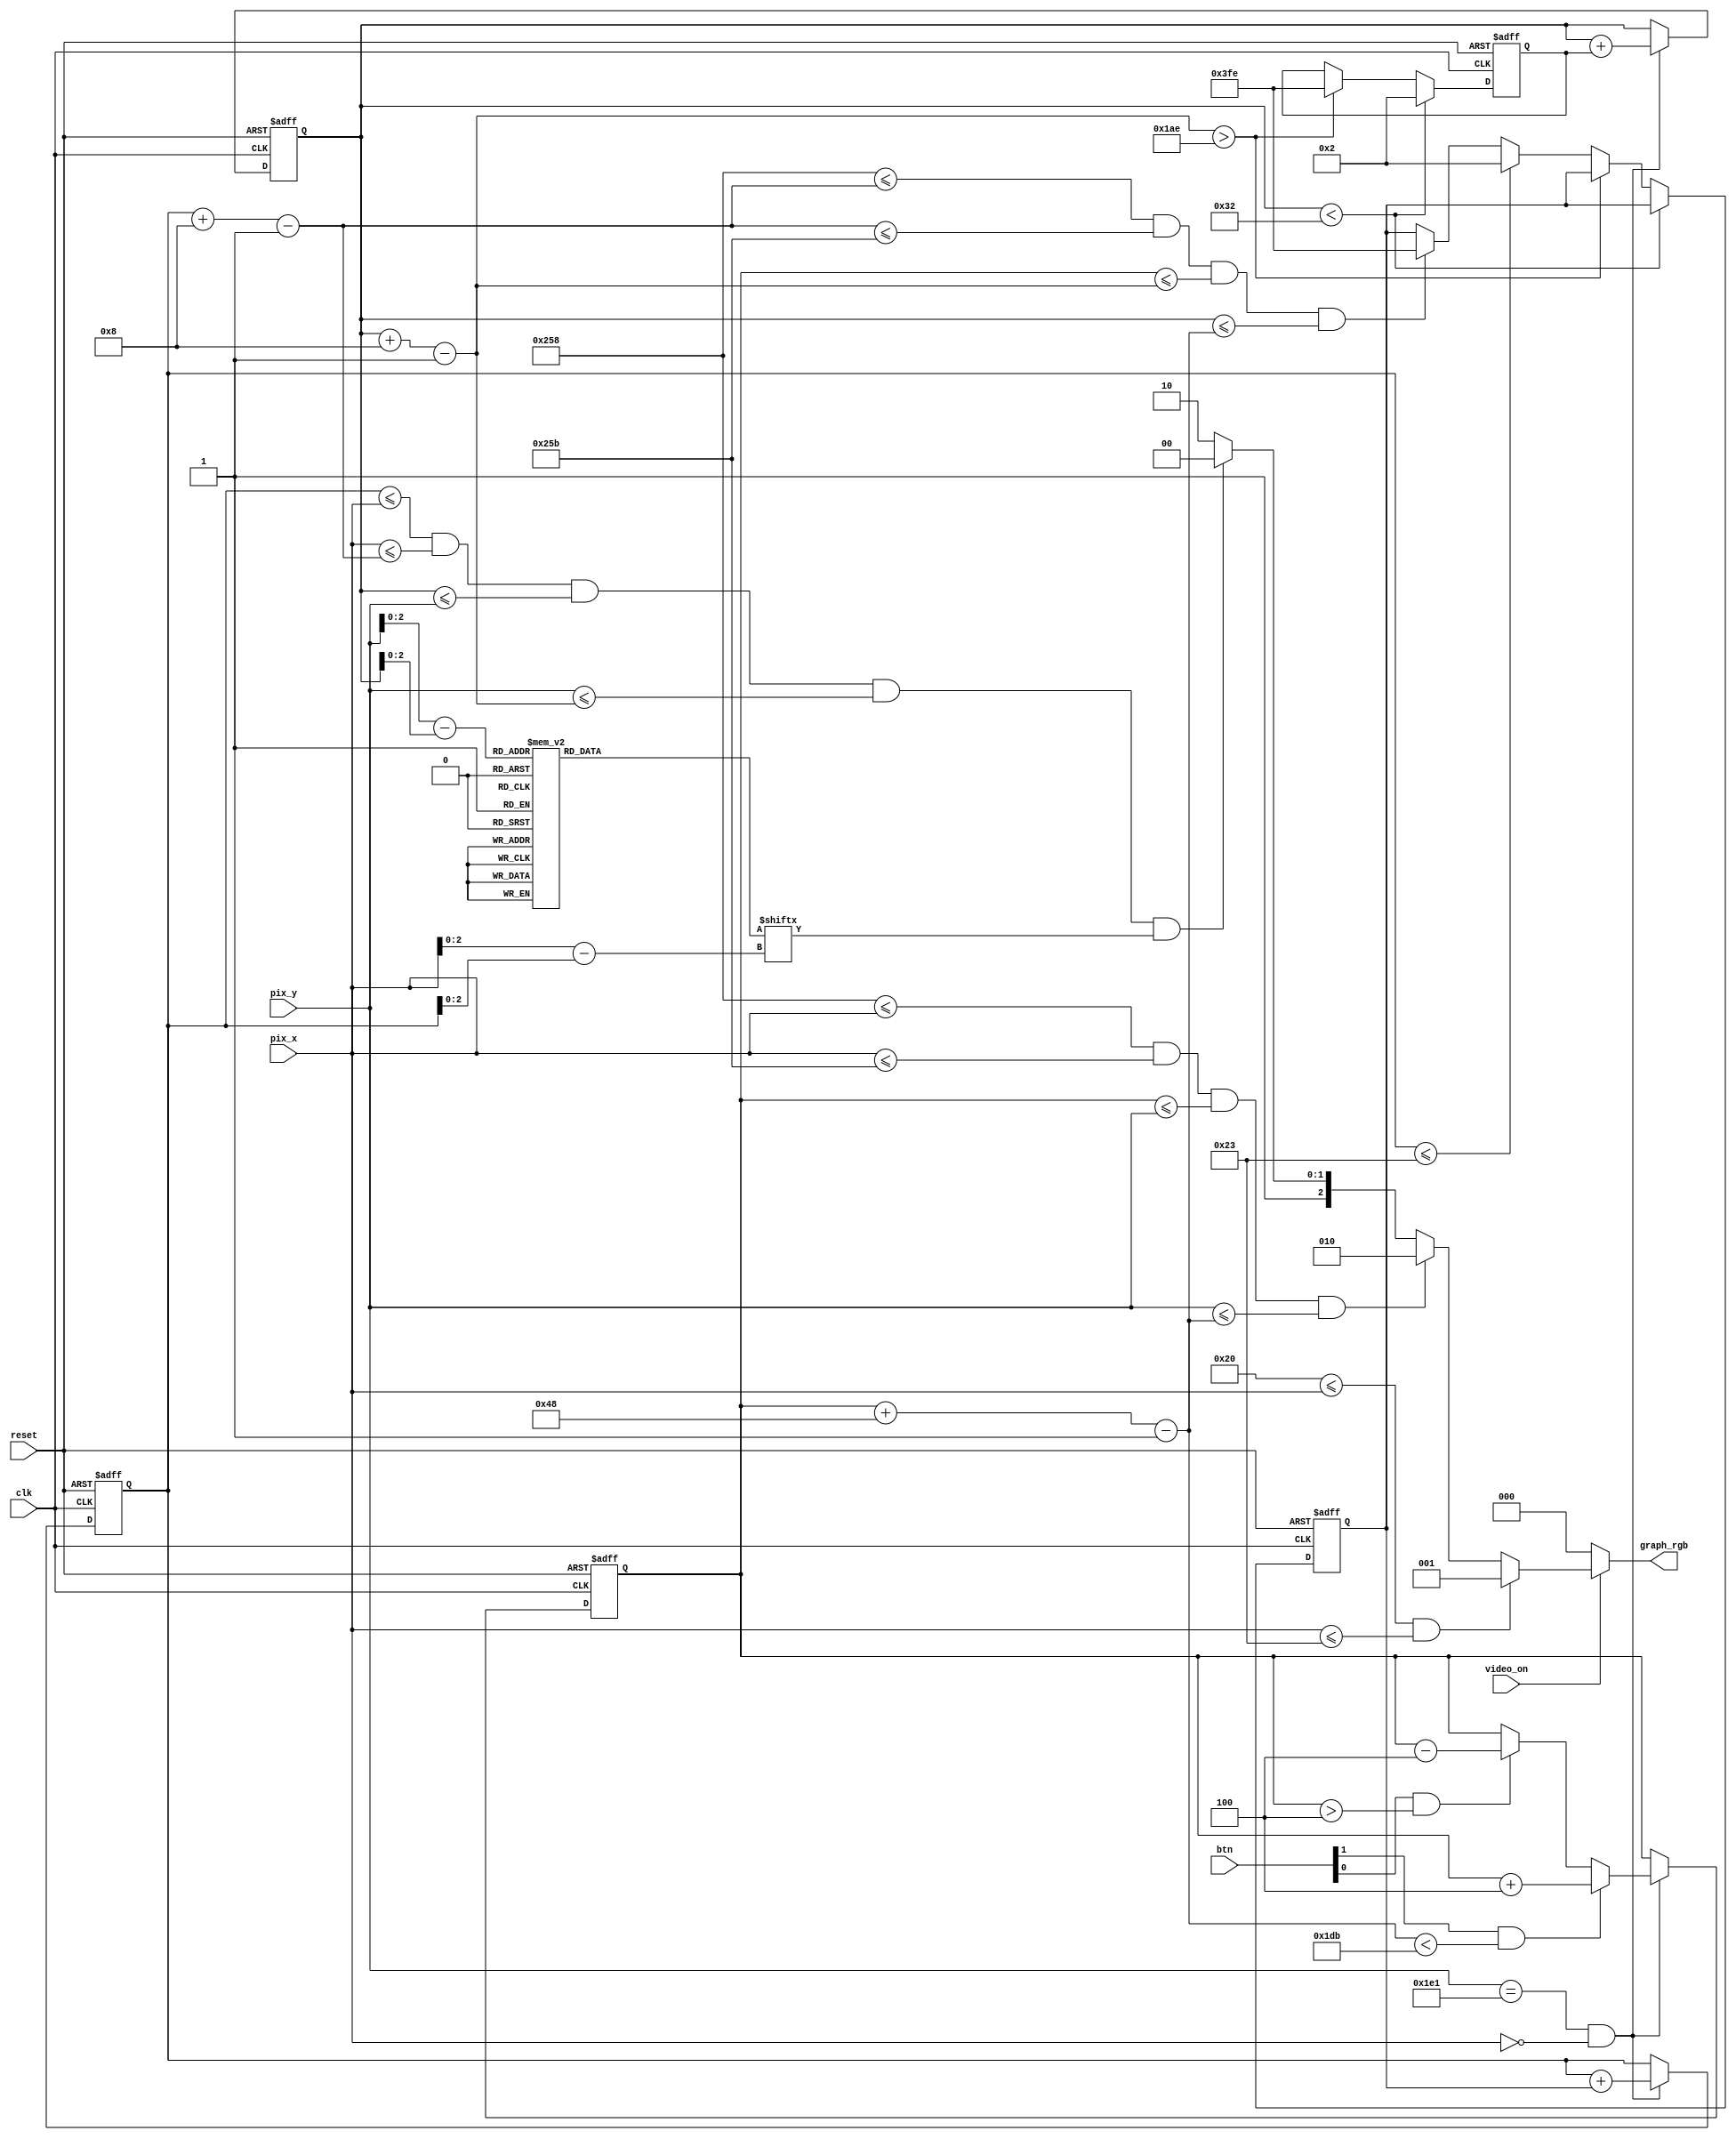
// Listing 13.5
module pong_graph_animate
   (
    input wire clk, reset,
    input wire video_on,
    input wire [1:0] btn,
    input wire [9:0] pix_x, pix_y,
    output reg [2:0] graph_rgb
   );

   // constant and signal declaration
   // x, y coordinates (0,0) to (639,479)
   localparam MAX_X = 640;
   localparam MAX_Y = 480;
   wire refr_tick;
   //--------------------------------------------
   // vertical stripe as a wall
   //--------------------------------------------
   // wall left, right boundary
   localparam WALL_X_L = 32;
   localparam WALL_X_R = 35;
   //--------------------------------------------
   // right vertical bar
   //--------------------------------------------
   // bar left, right boundary
   localparam BAR_X_L = 600;
   localparam BAR_X_R = 603;
   // bar top, bottom boundary
   wire [9:0] bar_y_t, bar_y_b;
   localparam BAR_Y_SIZE = 72;
   // register to track top boundary  (x position is fixed)
   reg [9:0] bar_y_reg, bar_y_next;
   // bar moving velocity when a button is pressed
   localparam BAR_V = 4;
   //--------------------------------------------
   // square ball
   //--------------------------------------------
   localparam BALL_SIZE = 8;
   // ball left, right boundary
   wire [9:0] ball_x_l, ball_x_r;
   // ball top, bottom boundary
   wire [9:0] ball_y_t, ball_y_b;
   // reg to track left, top position
   reg [9:0] ball_x_reg, ball_y_reg;
   wire [9:0] ball_x_next, ball_y_next;
   // reg to track ball speed
   reg [9:0] x_delta_reg, x_delta_next;
   reg [9:0] y_delta_reg, y_delta_next;
   // ball velocity can be pos or neg)
   localparam BALL_V_P = 2;
   localparam BALL_V_N = -2;
   //--------------------------------------------
   // round ball
   //--------------------------------------------
   wire [2:0] rom_addr, rom_col;
   reg [7:0] rom_data;
   wire rom_bit;
   //--------------------------------------------
   // object output signals
   //--------------------------------------------
   wire wall_on, bar_on, sq_ball_on, rd_ball_on;
   wire [2:0] wall_rgb, bar_rgb, ball_rgb;

   // body
   //--------------------------------------------
   // round ball image ROM
   //--------------------------------------------
   always @*
   case (rom_addr)
      3'h0: rom_data = 8'b00111100; //   ****
      3'h1: rom_data = 8'b01111110; //  ******
      3'h2: rom_data = 8'b11111111; // ********
      3'h3: rom_data = 8'b11111111; // ********
      3'h4: rom_data = 8'b11111111; // ********
      3'h5: rom_data = 8'b11111111; // ********
      3'h6: rom_data = 8'b01111110; //  ******
      3'h7: rom_data = 8'b00111100; //   ****
   endcase

   // registers
   always @(posedge clk, posedge reset)
      if (reset)
         begin
            bar_y_reg <= 0;
            ball_x_reg <= 0;
            ball_y_reg <= 0;
            x_delta_reg <= 10'h004;
            y_delta_reg <= 10'h004;
         end
      else
         begin
            bar_y_reg <= bar_y_next;
            ball_x_reg <= ball_x_next;
            ball_y_reg <= ball_y_next;
            x_delta_reg <= x_delta_next;
            y_delta_reg <= y_delta_next;
         end

   // refr_tick: 1-clock tick asserted at start of v-sync
   //            i.e., when the screen is refreshed (60 Hz)
   assign refr_tick = (pix_y==481) && (pix_x==0);

   //--------------------------------------------
   // (wall) left vertical strip
   //--------------------------------------------
   // pixel within wall
   assign wall_on = (WALL_X_L<=pix_x) && (pix_x<=WALL_X_R);
   // wall rgb output
   assign wall_rgb = 3'b001; // blue
   //--------------------------------------------
   // right vertical bar
   //--------------------------------------------
   // boundary
   assign bar_y_t = bar_y_reg;
   assign bar_y_b = bar_y_t + BAR_Y_SIZE - 1;
   // pixel within bar
   assign bar_on = (BAR_X_L<=pix_x) && (pix_x<=BAR_X_R) &&
                   (bar_y_t<=pix_y) && (pix_y<=bar_y_b);
   // bar rgb output
   assign bar_rgb = 3'b010; // green
   // new bar y-position
   always @*
   begin
      bar_y_next = bar_y_reg; // no move
      if (refr_tick)
         if (btn[1] & (bar_y_b < (MAX_Y-1-BAR_V)))
            bar_y_next = bar_y_reg + BAR_V; // move down
         else if (btn[0] & (bar_y_t > BAR_V))
            bar_y_next = bar_y_reg - BAR_V; // move up
   end

   //--------------------------------------------
   // square ball
   //--------------------------------------------
   // boundary
   assign ball_x_l = ball_x_reg;
   assign ball_y_t = ball_y_reg;
   assign ball_x_r = ball_x_l + BALL_SIZE - 1;
   assign ball_y_b = ball_y_t + BALL_SIZE - 1;
   // pixel within ball
   assign sq_ball_on =
            (ball_x_l<=pix_x) && (pix_x<=ball_x_r) &&
            (ball_y_t<=pix_y) && (pix_y<=ball_y_b);
   // map current pixel location to ROM addr/col
   assign rom_addr = pix_y[2:0] - ball_y_t[2:0];
   assign rom_col = pix_x[2:0] - ball_x_l[2:0];
   assign rom_bit = rom_data[rom_col];
   // pixel within ball
   assign rd_ball_on = sq_ball_on & rom_bit;
   // ball rgb output
   assign ball_rgb = 3'b100;   // red
   // new ball position
   assign ball_x_next = (refr_tick) ? ball_x_reg+x_delta_reg :
                        ball_x_reg ;
   assign ball_y_next = (refr_tick) ? ball_y_reg+y_delta_reg :
                        ball_y_reg ;
   // new ball velocity
   always @*
   begin
      x_delta_next = x_delta_reg;
      y_delta_next = y_delta_reg;
      if (ball_y_t < 50) // reach top
         y_delta_next = BALL_V_P;
      else if (ball_y_b > (MAX_Y-50)) // reach bottom
         y_delta_next = BALL_V_N;
      else if (ball_x_l <= WALL_X_R) // reach wall
         x_delta_next = BALL_V_P;    // bounce back
      else if ((BAR_X_L<=ball_x_r) && (ball_x_r<=BAR_X_R) &&
               (bar_y_t<=ball_y_b) && (ball_y_t<=bar_y_b))
         // reach x of right bar and hit, ball bounce back
         x_delta_next = BALL_V_N;
   end
   //--------------------------------------------
   // rgb multiplexing circuit
   //--------------------------------------------
   always @*
      if (~video_on)
         graph_rgb = 3'b000; // blank
      else
         if (wall_on)
            graph_rgb = wall_rgb;
         else if (bar_on)
            graph_rgb = bar_rgb;
         else if (rd_ball_on)
            graph_rgb = ball_rgb;
         else
            graph_rgb = 3'b110; // yellow background

endmodule